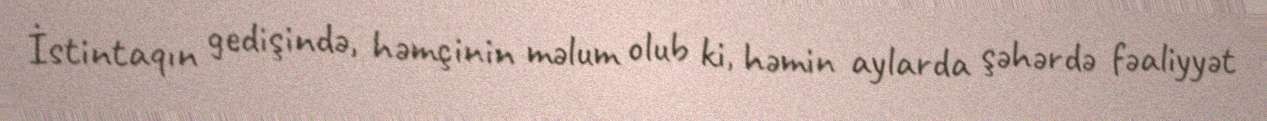
İstintaqın gedişində, həmçinin məlum olub ki, həmin aylarda şəhərdə fəaliyyət